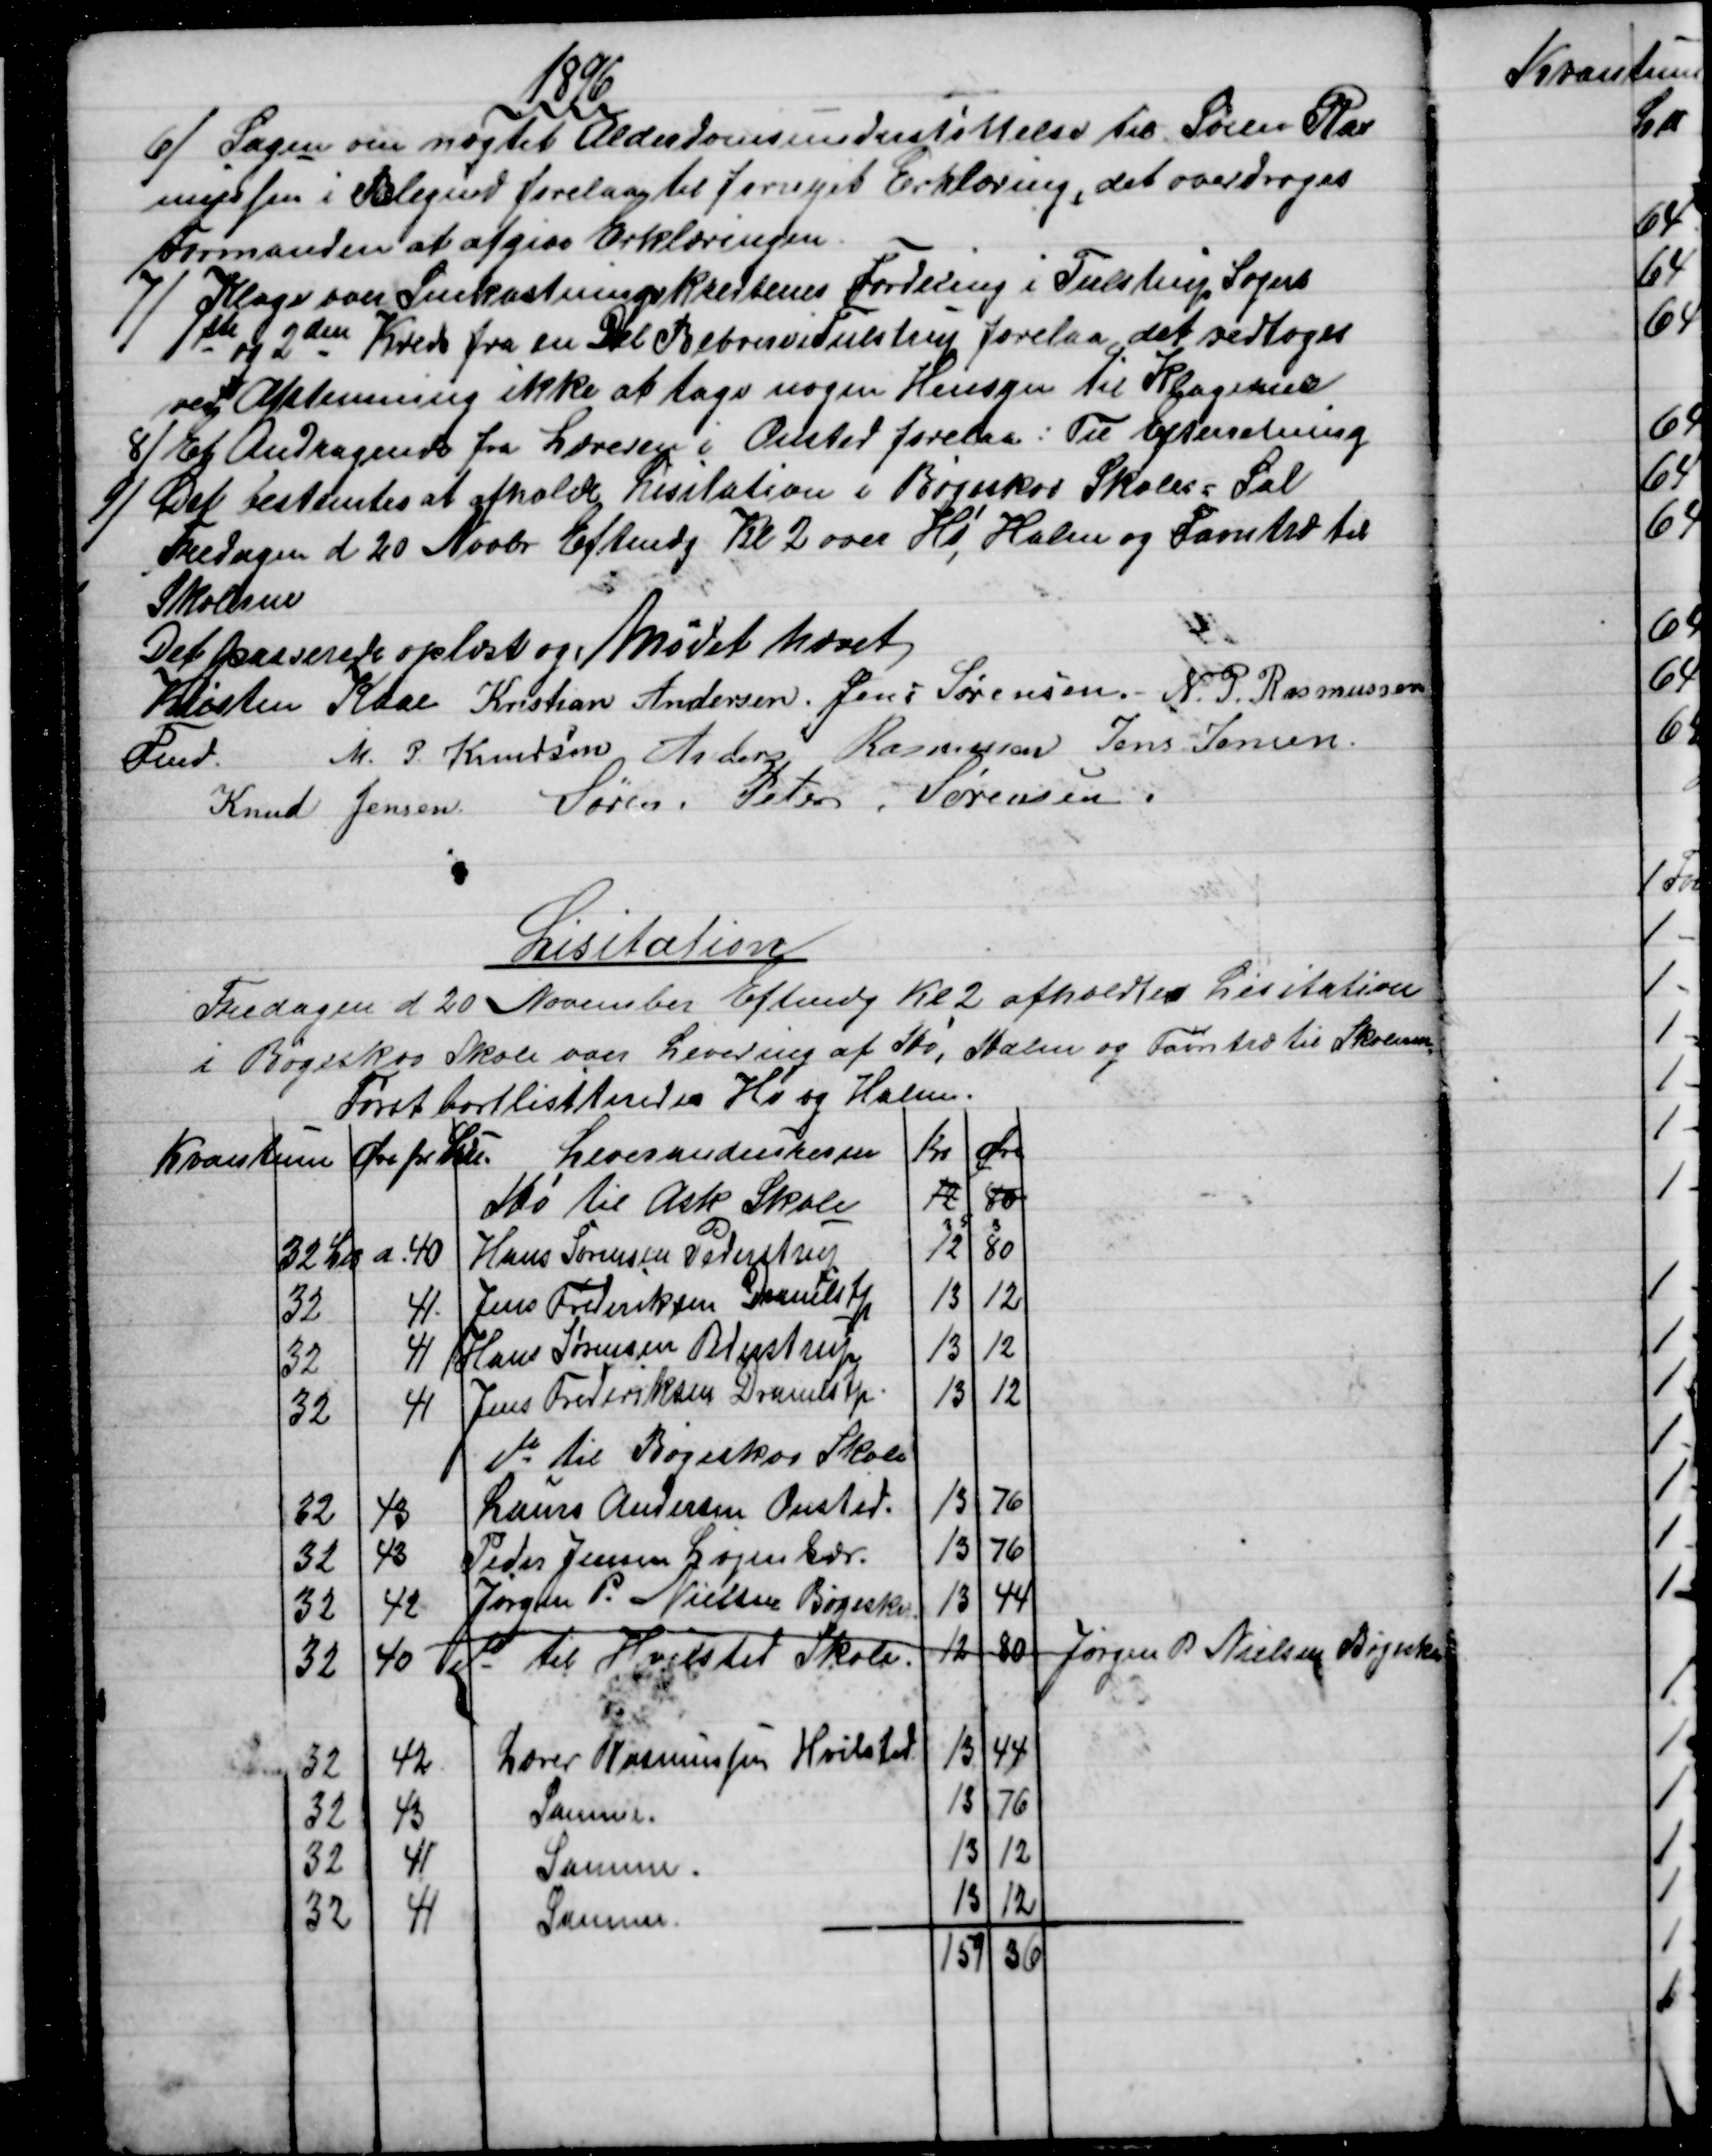
Transskription:
1896
6)
Sagen om nægtet Alderdomsunderstøttelse til Søren Ras
mussen i Blegind forelaa til fornyet Erklæring, det overdroges
Formanden at afgive Erklæringen.
7)
Klage over Snekastningskredsenes Fordeling i Tulstrup Sogns
1ste og 2den Kreds fra en Del Beboere i Tulstrup forelaa, det vedtoges
ved Afstemning ikke at tage nogen Hensyn til Klagerne
8)
Et Andragende fra Læreren i Onsted forelaa: Til Efterretning
9) 
Det bestemtes at afholdte Lisitation i Bøgeskov Skoles = Sal
Fredagen d 20 Novbr Eftmdg Kl 2 over Hø, Halm og Favntræ til
Skolerne
Det passerede oplæst og Mødet hævet
Kristen Kaae 
Fmd.
Kristian Andersen. Jens Sørensen. - N. P.Rasmussen
M. P. Knudsen, Anders Rasmussen Jens Jensen.
Knud Jensen Søren. Peter. Sørensen.
Lisitation
Fredagen d 20 November Eftmdg Kl. 2 afholdtes Lisitation
i Bøgeskov Skole over Levering af Hø, Halm og Favntræ til Skolerne
Først bortlisiteredes Hø og Halm.
Kvantum
Øre pr. L℔. 
Leverandeurerne
Kr
Øre
Hø til Ask Skole
12
80
32 L℔ 
a 40
Hans Sørensen Pederstrup
12
80
32
41
Jens Frederiksen Dramlstp
13
12
32
41
Hans Sørensen Pederstrup
13
12
32
41
Jens Frederiksen Dramlstp.
13
12
do til Bøgeskov Skole
32
43
Laurs Andersen Onsted.
13
76
32
43
Peder Jensen Løjenkær.
13
76
32
42
Jørgen P. Nielsen Bøgeskov
13
44
32
40
do til Hvilsted Skole.
12
80
Jørgen P. Nielsen Bøgeskov
32
42
Lærer Rasmussen Hvilsted.
13
44
32
43
Samme.
13
76
32
41
Samme.
13
12
32
41
Samme.
13
12
159
36